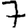
Digit: 7